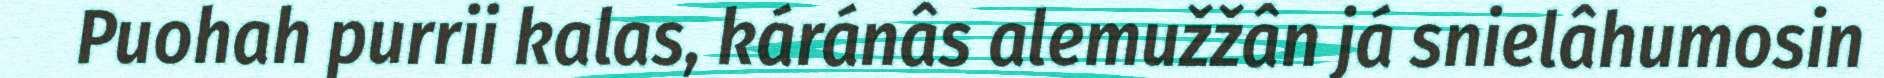
Puohah purrii kalas, káránâs alemužžân já snielâhumosin